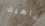
داهية